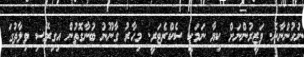
ނުހުންނާނެ. ވަޒީރުންނަށް ކިޔާ ނަމަކީ ސެކްރެޓަރީ. މިހާރު ގާނޫނު ބުނާގޮތުން އިގިރޭސި ވިލާތުގަ